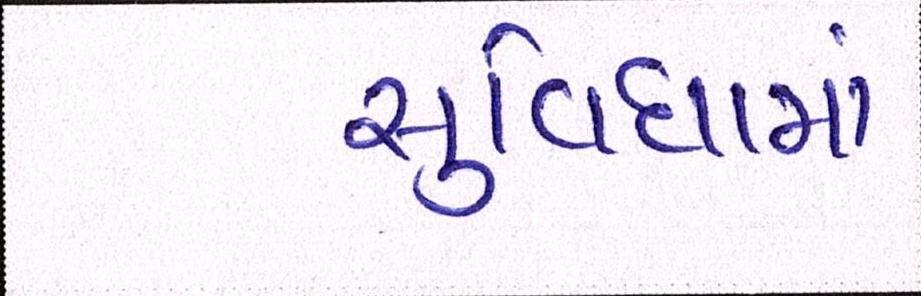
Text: સુવિધામાં